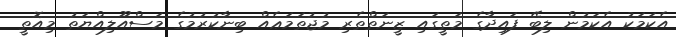
އެކަމަކު އެކަމުން ލިބޭ ފައިދާގެ މަތީގައި ޒީނަތްތެރި މުޖުތަމަޢެއް ބިނާކުރުމުގެ މަސްއޫލިއްޔަތު މިއޮތީ